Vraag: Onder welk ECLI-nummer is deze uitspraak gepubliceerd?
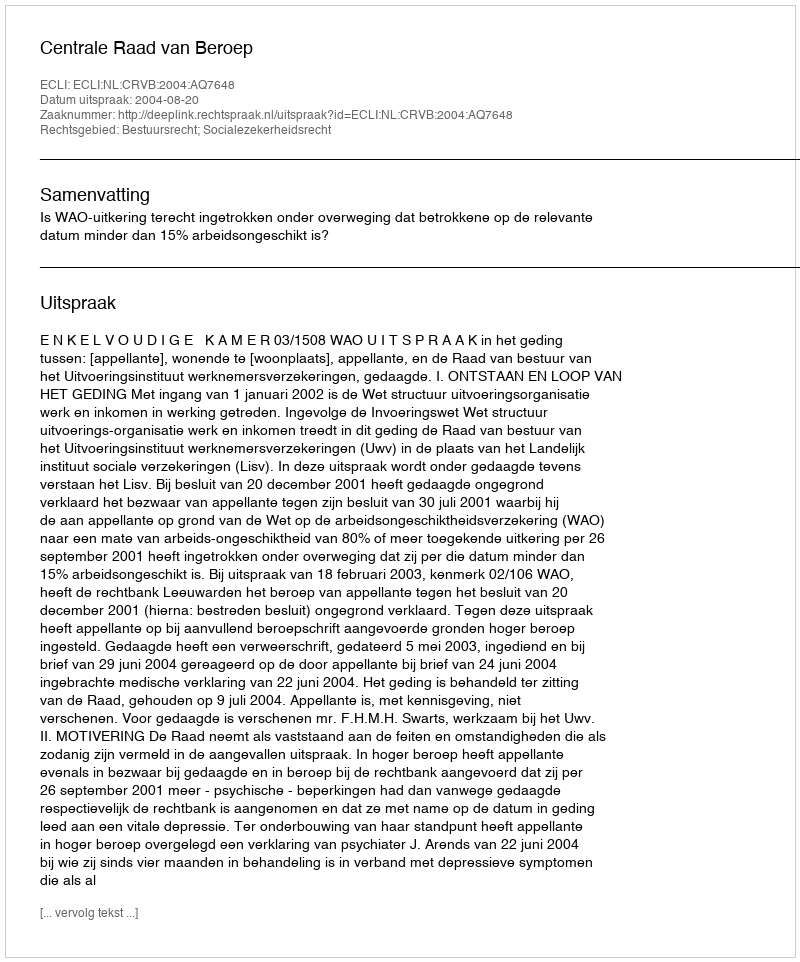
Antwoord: ECLI:NL:CRVB:2004:AQ7648